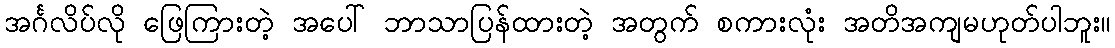
အင်္ဂလိပ်လို ဖြေကြားတဲ့ အပေါ် ဘာသာပြန်ထားတဲ့ အတွက် စကားလုံး အတိအကျမဟုတ်ပါဘူး။